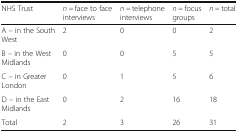
<table><thead><tr><td><b>NHS Trust</b></td><td><b><i>n =</i> face to face interviews</b></td><td><b><i>n =</i> telephone interviews</b></td><td><b><i>n =</i> focus groups</b></td><td><b><i>n =</i> total</b></td></tr></thead><tbody><tr><td>A – in the South West</td><td>2</td><td>0</td><td>0</td><td>2</td></tr><tr><td>B – in the West Midlands</td><td>0</td><td>0</td><td>5</td><td>5</td></tr><tr><td>C – in Greater London</td><td>0</td><td>1</td><td>5</td><td>6</td></tr><tr><td>D – in the East Midlands</td><td>0</td><td>2</td><td>16</td><td>18</td></tr><tr><td>Total</td><td>2</td><td>3</td><td>26</td><td>31</td></tr></tbody></table>